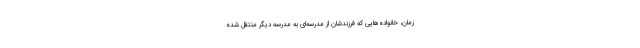
زمان، خانواده‌هایی که فرزندشان از مدرسه‌ای به مدرسه دیگر منتقل شده